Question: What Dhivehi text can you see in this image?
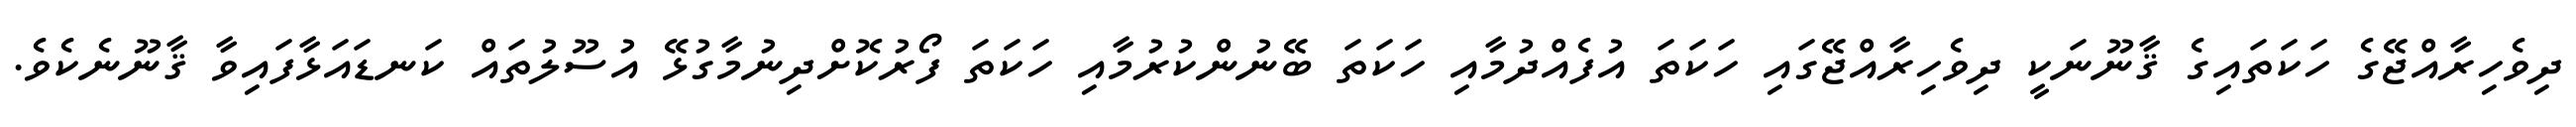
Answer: ދިވެހިރާއްޖޭގެ ހަކަތައިގެ ޤާނޫނަކީ ދިވެހިރާއްޖޭގައި ހަކަތަ އުފެއްދުމާއި ހަކަތަ ބޭނުންކުރުމާއި ހަކަތަ ފޯރުކޮށްދިނުމާގުޅޭ އުސޫލުތައް ކަނޑައަޅާފައިވާ ޤާނޫނެކެވެ.